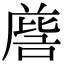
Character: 𭉵